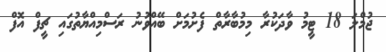
ޖުމްލަ 18 ޓީމު ވާދަކުރާ މިމުބާރާތް ފެށުމަށް ބޭއްވުނު ރަސްމިއްޔާތުގައި ޗީފް އޮފް